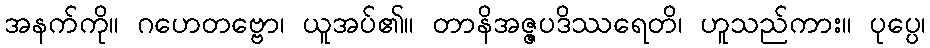
အနက်ကို။ ဂဟေတဗ္ဗော၊ ယူအပ်၏။ တာနိအဇ္ဇပဒိဿရေတိ၊ ဟူသည်ကား။ ပုပ္ပေ၊